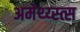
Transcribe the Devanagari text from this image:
अमेथ्य्स्त्स